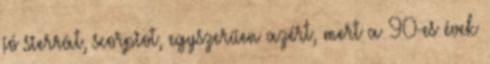
jó sierrát, scorpiot, egyszerűen azért, mert a 90-es évek